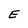
Character: E